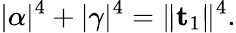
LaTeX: \lvert\alpha\rvert^{4}+\lvert\gamma\rvert^{4}=\lVert\mathbf{t}_{1}\rVert^{4}.